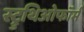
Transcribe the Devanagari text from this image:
स्ट्रुथिओफॉर्म